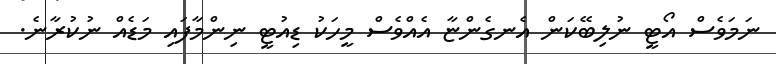
ނަމަވެސް އޯޓީ ނުލިބޭކަން އެނގެންޏާ އެއްވެސް މީހަކު ޑިއުޓީ ނިންމާފައި މަޑެއް ނުކުރާނެ.